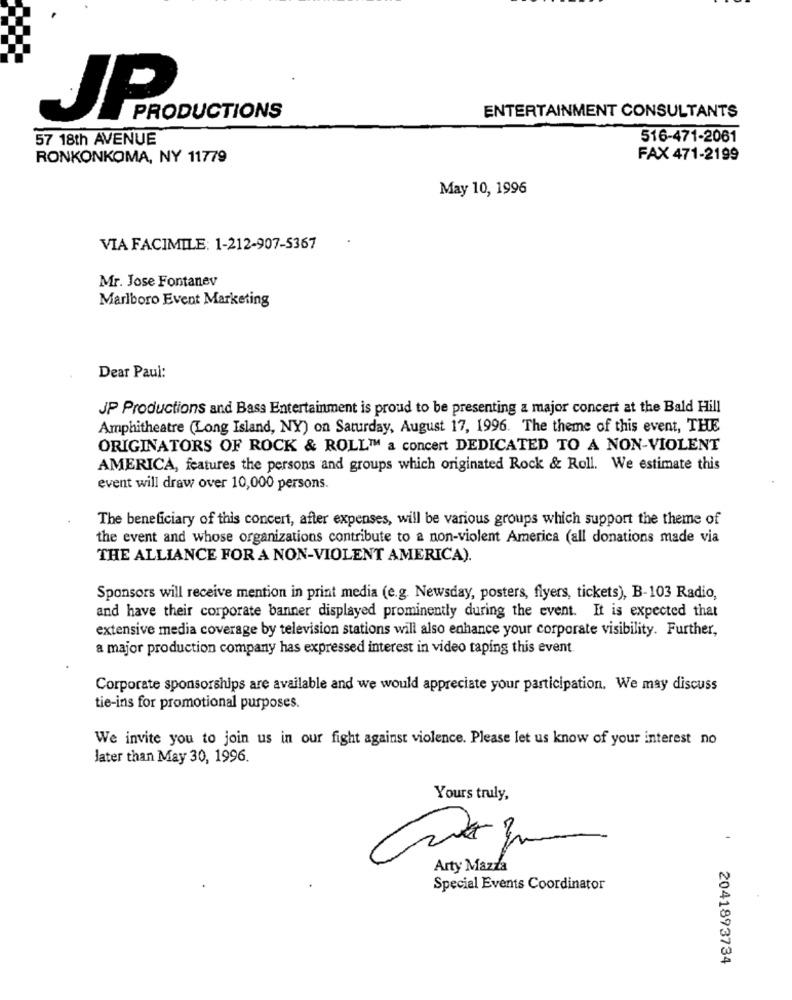
JPPRO
PRODUCTIONS
ENTERTAINMENT CONSULTANTS
57 18th AVENUE
516-471-2061
RONKONKOMA, NY 11779
FAX 471-2199
May 10, 1996
VIA FACIMILE: 1-212-907-5367
Mr. Jose Fontanev
Marlboro Event Marketing
Dear Paul:
JP Productions and Bass Entertainment is proud to be presenting a major concert at the Bald Hill
Amphitheatre (Long Island, NY) on Saturday, August 17, 1996. The theme of this event, THE
ORIGINATORS OF ROCK & ROLL™ a concert DEDICATED TO A NON-VIOLENT
AMERICA, features the persons and groups which originated Rock & Roll. We estimate this
event will draw over 10,000 persons.
The beneficiary of this concert, after expenses, will be various groups which support the theme of
the event and whose organizations contribute to a non-violent America (all donations made via
THE ALLIANCE FOR A NON-VIOLENT AMERICA).
Sponsors will receive mention in print media (e.g. Newsday, posters, flyers, tickets), B-103 Radio,
and have their corporate banner displayed prominently during the event. It is expected that
extensive media coverage by television stations will also enhance your corporate visibility. Further,
a major production company has expressed interest in video taping this event
Corporate sponsorships are available and we would appreciate your participation. We may discuss
tie-ins for promotional purposes.
We invite you to join us in our fight against violence. Please let us know of your interest no
Jater than May 30, 1996.
Yours truly,
-
Arty Mazza
Special Events Coordinator
2041893734